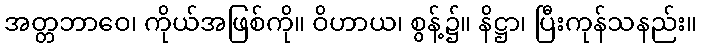
အတ္တဘာဝေ၊ ကိုယ်အဖြစ်ကို။ ဝိဟာယ၊ စွန့်၌။ နိဋ္ဌာ၊ ပြီးကုန်သနည်း။